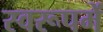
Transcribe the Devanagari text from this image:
स्वरूपमें